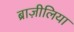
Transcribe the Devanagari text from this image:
ब्राज़ीलिया